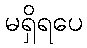
မရှိရပေ